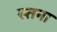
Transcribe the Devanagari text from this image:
स्तना